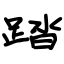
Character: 踏